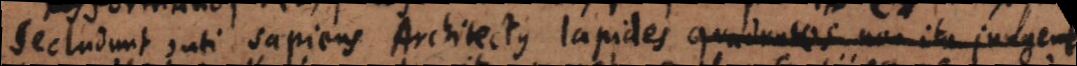
secludunt, uti sapiens Architectus lapides quadratos non ita jungere